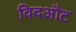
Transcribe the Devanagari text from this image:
विदऔट